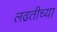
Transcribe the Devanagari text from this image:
लढतीच्या